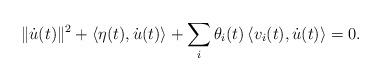
LaTeX: \begin{align*} \| \dot u(t)\|^2 + \left\langle \eta(t) , \dot u(t) \right\rangle + \sum_i \theta_i (t)\left\langle v_i(t), \dot u(t) \right\rangle = 0.\end{align*}